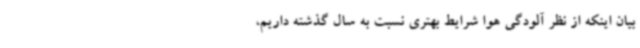
بیان اینکه از نظر آلودگی هوا شرایط بهتری نسبت به سال گذشته داریم،